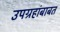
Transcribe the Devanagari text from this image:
उपग्रहांबाबत